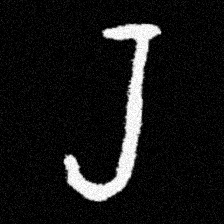
Pyu character \u2014 Myanmar letter: ရ (romanized: ra)